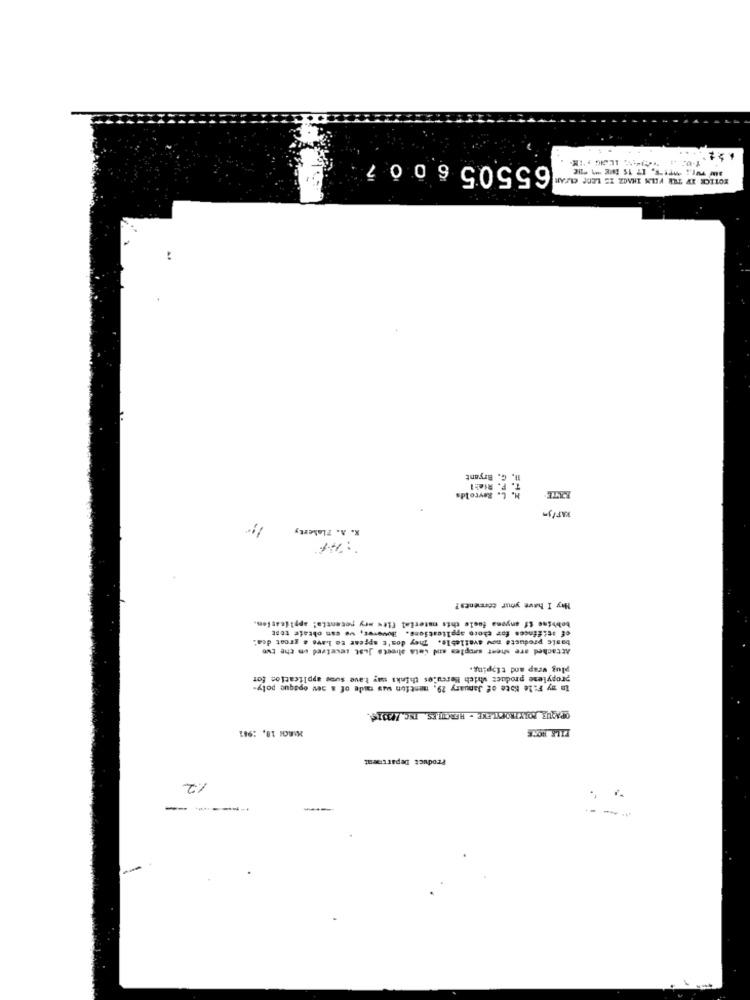
655056007
EOTECE XV TAR VELN IHMZ IS LEDE CLAR
H. C. Bryant
N. L. Reyrolds
K. A. Flaherty
May I have your comments?
of atifinces for choro applications. However, we can obtate tost
bobbins if anyone foole this material fits mry potential application.
basic producte now available. They don't appear to Lave a great deal
Attached are sheet samples and data sheets Just seuetred on the two
plug wrap and tipping.
propylene product which Hercules thinks may have sums application for
In my File Note of January 29, mention was coude of a aev opaque poly-
OPAQUE POLYPROPYLENE . HERCULES, INC./03314.
MARCH 10. : 961
FILE HOME
Product Department
12